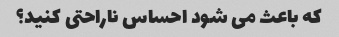
که باعث می شود احساس ناراحتی کنید؟